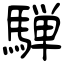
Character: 騨